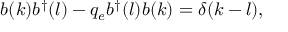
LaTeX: b ( k ) b ^ { \dagger } ( l ) - q _ { e } b ^ { \dagger } ( l ) b ( k ) = \delta ( k - l ) ,